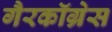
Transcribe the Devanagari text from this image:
गैरकॉग्रेस